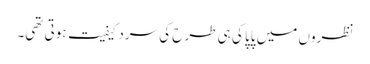
نظروں میں پاپا کی ہی طرح کی سردکیفیت ہوتی تھی۔